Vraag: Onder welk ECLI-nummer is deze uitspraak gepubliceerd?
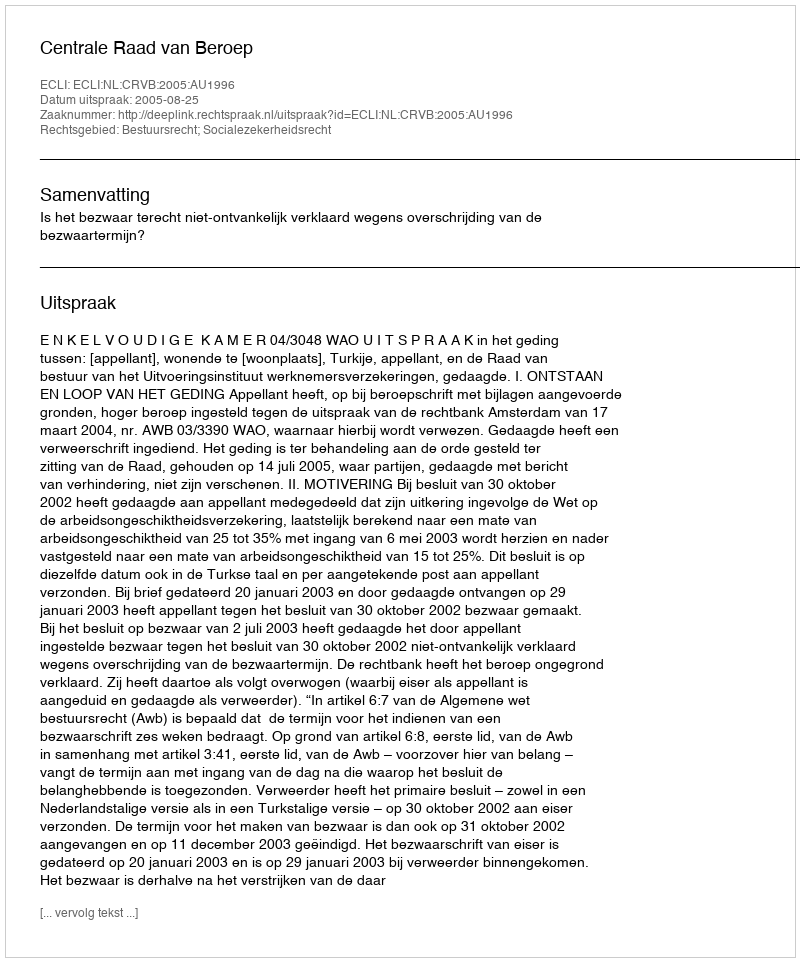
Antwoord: ECLI:NL:CRVB:2005:AU1996